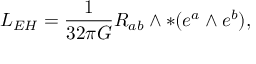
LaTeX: { \cal L } _ { E H } = \frac { 1 } { 3 2 \pi G } R _ { a b } \wedge \ast ( e ^ { a } \wedge e ^ { b } ) ,